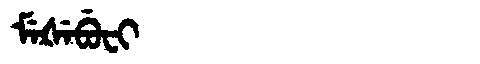
Manchu: ᠮᡝᡧᡝᠪᡠᠸᡳ
Romanization: MEŠEBUFI